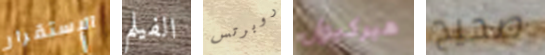
الإستقرار الفيلم روبرتس هيركيول صحيح